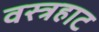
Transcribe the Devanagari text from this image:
वस्त्रहाट